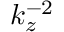
k _ { z } ^ { - 2 }